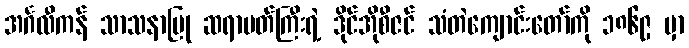
အင်္ဂလီကန် သာသနာပြု ဆရာမတ်ကြီးရဲ့ ဒိုင်အိုစီဇင် သံတဲကျောင်းတော်ကို ၁၈၆၉ မှာ